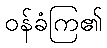
ဝန်ခံကြ၏